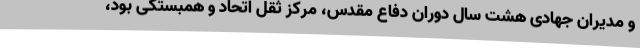
و مدیران جهادی هشت سال دوران دفاع مقدس، مرکز ثقل اتحاد و همبستگی بود،